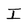
Character: I